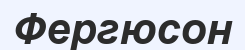
Фергюсон